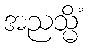
အညသ္မိံ